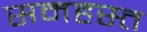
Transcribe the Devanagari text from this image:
समहस्त